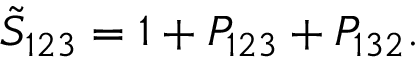
\tilde { S } _ { 1 2 3 } = 1 + P _ { 1 2 3 } + P _ { 1 3 2 } .